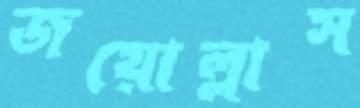
জয়োল্লাস